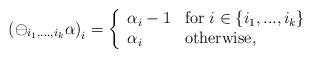
LaTeX: \begin{align*}\left( \ominus_{i_1,...,i_k} \alpha \right)_i = \left\{ \begin{array}{ll} \alpha_i - 1 & \textrm{for}\ i \in \{i_1,...,i_k\} \\ \alpha_i & \textrm{otherwise,} \\ \end{array} \right.\end{align*}